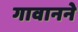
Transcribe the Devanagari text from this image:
गावानने